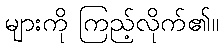
များကို ကြည့်လိုက်၏။